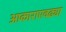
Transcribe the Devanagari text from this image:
आकाराएवढ्या